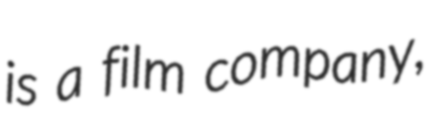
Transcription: is a film company,